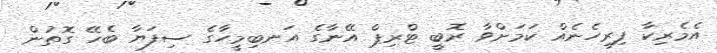
އެމެރިކާ ފިރިހެނެއް ކަމަށްވާ ރޮބީ ޓްރިޕް އޭނާގެ އަނބިމީހާގެ ސިފަޔާ ބެހޭ ގޮތުން